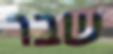
שבר